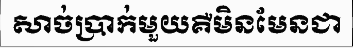
សាច់ប្រាក់មួយគឺមិនមែនជា